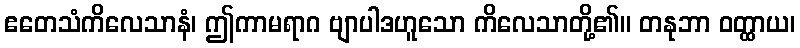
ဧတေသံကိလေသာနံ၊ ဤကာမရာဂ ဗျာပါဒဟူသော ကိလေသာတို့၏။ တနုဘာ ဝတ္ထာယ၊